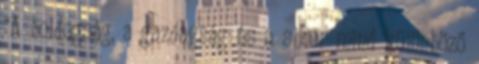
“A boldogság, a gazdagság és a siker mind különböző